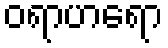
ဝရာဟရော